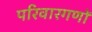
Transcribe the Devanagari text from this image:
परिवारगणों